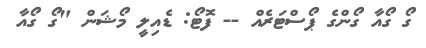
ގޯ ގޯއާ ގޯންގެ ޕޯސްޓަރެއް -- ފޮޓޯ: ޑެއިލީ މޯޝަން "ގޯ ގޯއާ